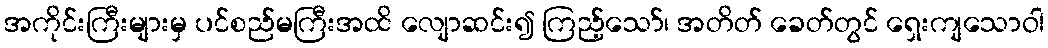
အကိုင်းကြီးများမှ ပင်စည်မကြီးအထိ လျောဆင်း၍ ကြည့်သော်၊ အတိတ် ခေတ်တွင် ရှေးကျသောဝါ